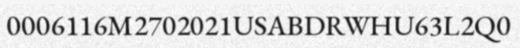
0006116M2702021USABDRWHU63L2Q0